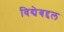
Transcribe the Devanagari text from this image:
विद्येबद्दल